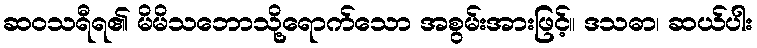
ဆဝသရီရ၏ မိမိသဘောသို့ရောက်သော အစွမ်းအားဖြင့်။ ဒသဓာ၊ ဆယ်ပါး